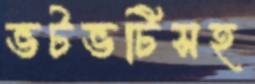
ভটভটিসহ